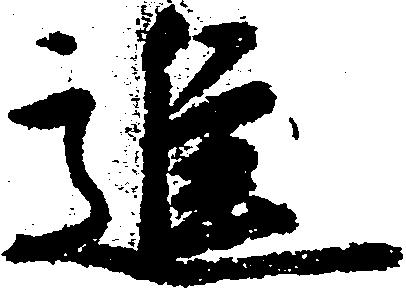
進